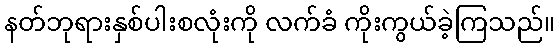
နတ်ဘုရားနှစ်ပါးစလုံးကို လက်ခံ ကိုးကွယ်ခဲ့ကြသည်။